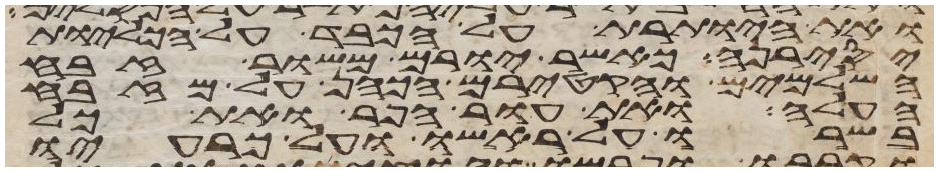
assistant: ואת היותרת על הכבד על הכליות
יסירנה כאשר יורם משור זבח
השלמים והקטירם הכהן על מזבח
העלה ואת עור הפר ואת כל
בשרו על ראשו ועל כרעיו